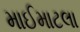
માઈમાટલા